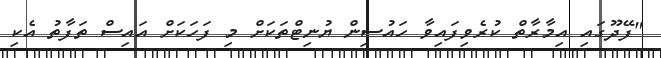
"ފޭދޫގައި އިމާރާތް ކުރެވިފައިވާ ހައުސިން ޔުނިޓްތަކަށް މި ފަހަކަށް އައިސް ތަފާތު އެކި